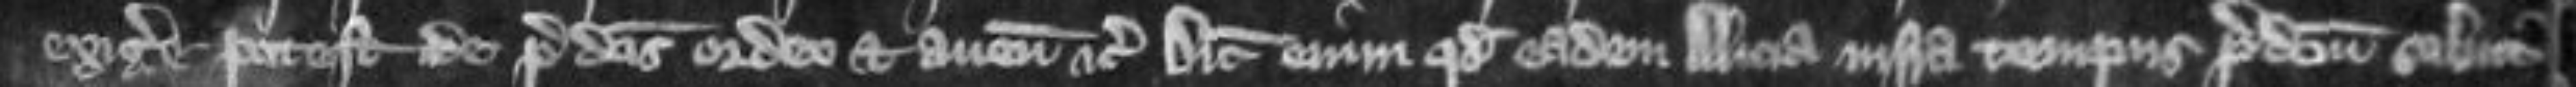
exigere potest de predictis ordeo et avena etc Dicit enim quod eadem Alicia infra tempus predictum soluit